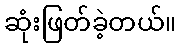
ဆုံးဖြတ်ခဲ့တယ်။